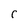
Character: C